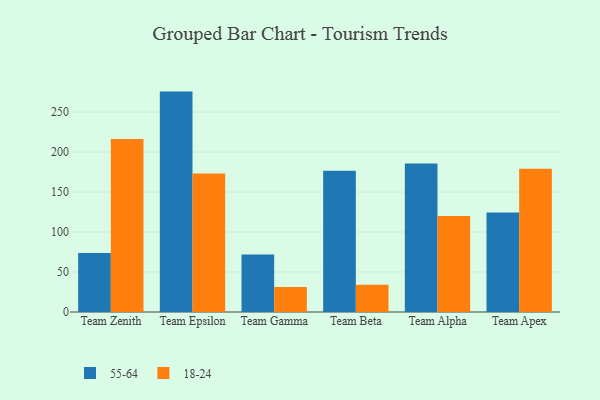
{"axis": {"x": "Team", "y": "Satisfaction Score"}, "legend": ["18-24", "55-64"], "data": [{"x": "Team Zenith", "y": 73.8, "type": "55-64"}, {"x": "Team Zenith", "y": 216.2, "type": "18-24"}, {"x": "Team Epsilon", "y": 275.6, "type": "55-64"}, {"x": "Team Epsilon", "y": 173.3, "type": "18-24"}, {"x": "Team Gamma", "y": 71.8, "type": "55-64"}, {"x": "Team Gamma", "y": 31.3, "type": "18-24"}, {"x": "Team Beta", "y": 176.5, "type": "55-64"}, {"x": "Team Beta", "y": 34.1, "type": "18-24"}, {"x": "Team Alpha", "y": 185.6, "type": "55-64"}, {"x": "Team Alpha", "y": 119.9, "type": "18-24"}, {"x": "Team Apex", "y": 124.5, "type": "55-64"}, {"x": "Team Apex", "y": 179.1, "type": "18-24"}]}